Indian journal of veterinary science and animal husbandry - Volume 1,
Year: 1931
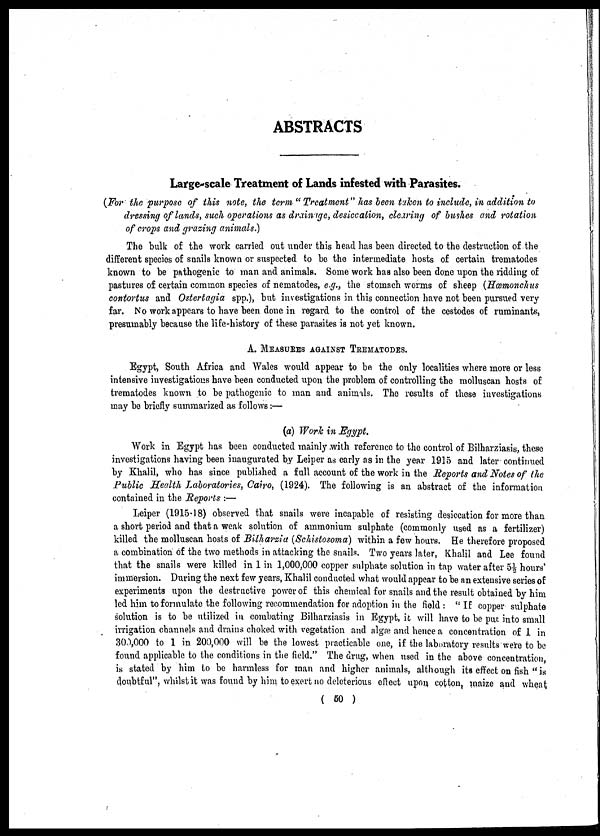
ABSTRACTS
Large-scale Treatment of Lands infested with Parasites.
(For the purpose of this note, the term " Treatment" has been taken to include, in addition to
dressing of lands, such operations as drainage, desiccation, clearing of bushes and rotation
of crops and grazing animals.)
The bulk of the work carried out under this head has been directed to the destruction of the
different species of snails known or suspected to be the intermediate hosts of certain trematodes
known to be pathogenic to man and animals. Some work has also been done upon the ridding of
pastures of certain common species of nematodes, e.g., the stomach worms of sheep (Hœmonchus
contortus and Ostertagia spp.), but investigations in this connection have not been pursued very
far. No work appears to have been done in regard to the control of the cestodes of ruminants,
presumably because the life-history of these parasites is not yet known.
A. MEASURES AGAINST TREMATODES.
Egypt, South Africa and Wales would appear to be the only localities where more or less
intensive investigations have been conducted upon the problem of controlling the molluscan hosts of
trematodes known to be pathogenic to man and animals. The results of these investigations
may be briefly summarized as follows :—
(a) Work in Egypt.
Work in Egypt has been conducted mainly with reference to the control of Bilharziasis, these
investigations having been inaugurated by Leiper as early as in the year 1915 and later continued
by Khalil, who has since published a full account of the work in the Reports and Notes of the
Public Health Laboratories, Cairo, (1924). The following is an abstract of the information
contained in the Reports :—
Leiper (1915-18) observed that snails were incapable of resisting desiccation for more than
a short period and that a weak solution of ammonium sulphate (commonly used as a fertilizer)
killed the molluscan hosts of Bilharzia (Schistosoma) within a few hours. He therefore proposed
a combination of the two methods in attacking the snails. Two years later, Khalil and Lee found
that the snails were killed in 1 in 1,000,000 copper sulphate solution in tap water after 5½ hours'
immersion. During the next few years, Khalil conducted what would appear to be an extensive series of
experiments upon the destructive power of this chemical for snails and the result obtained by him
led him to formulate the following recommendation for adoption in the field : " If copper sulphate
solution is to be utilized in combating Bilharziasis in Egypt, it will have to be put into small
irrigation channels and drains choked with vegetation and algæ and hence a concentration of 1 in
300,000 to 1 in 200,000 will be the lowest practicable one, if the laboratory results were to be
found applicable to the conditions in the field." The drug, when used in the above concentration,
is stated by him to be harmless for man and higher animals, although its effect on fish " is
doubtful", whilst it was found by him to exert no deleterious effect upon cotton, maize and wheat
( 50 )